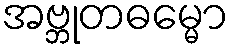
အဗ္ဘုတဓမ္မော